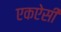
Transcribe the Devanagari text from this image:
एकऐसी